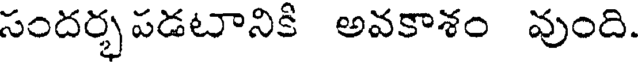
సందర్భపడటానికి అవకాశం వుంది.